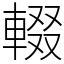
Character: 輟